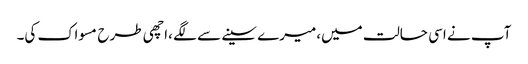
آپ نے اسی حالت میں،میرے سینے سے لگے ،اچھی طرح مسواک کی۔